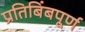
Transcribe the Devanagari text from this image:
प्रतिबिंबपूर्ण